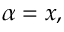
\alpha = x ,